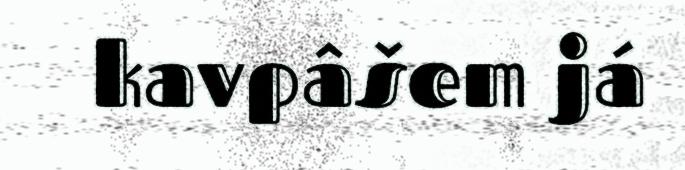
kavpâšem já